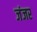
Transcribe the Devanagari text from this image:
जंजर